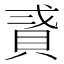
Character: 𧵸